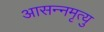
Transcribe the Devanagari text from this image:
आसन्नमृत्यु